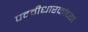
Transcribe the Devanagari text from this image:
पदवीधारकांच्या